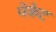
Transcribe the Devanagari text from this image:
पेकेट